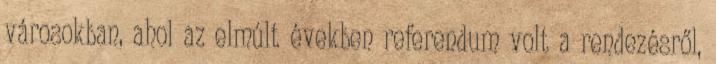
városokban, ahol az elmúlt években referendum volt a rendezésről,